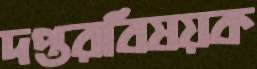
দপ্তরবিষয়ক